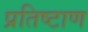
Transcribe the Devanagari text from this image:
प्रतिष्टाण